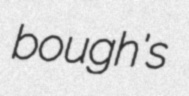
bough's